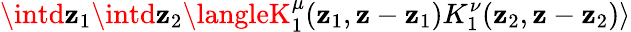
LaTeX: \intd\mathbf{z}_{1}\intd\mathbf{z}_{2}\langleK_{1}^{\mu}(\mathbf{z}_{1},\mathbf{z}-\mathbf{z}_{1})K_{1}^{\nu}(\mathbf{z}_{2},\mathbf{z}-\mathbf{z}_{2})\rangle